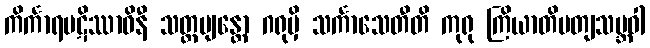
ကိင်္ကာရပဋိဿာဝိနီ သတ္တမျန္တော ဂရုမှိ သင်္ကာသေတီတိ ကုရု ကြိယာတိပတျသမ္ဘဝါ